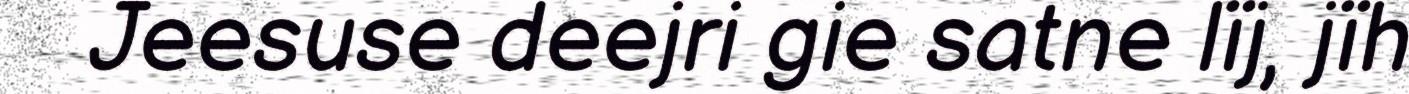
Jeesuse deejri gie satne lïj, jïh